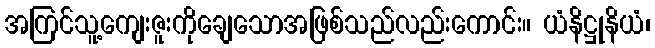
အကြင်သူ့ကျေးဇူးကိုချေသောအဖြစ်သည်လည်းကောင်း။ ယံနိဋ္ဌုနိယံ၊